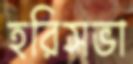
হরিসভা